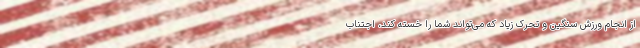
از انجام ورزش سنگین و تحرک زیاد که می‌تواند شما را خسته کند، اجتناب